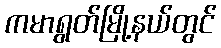
ကမာရွတ်မြို့နယ်တွင်